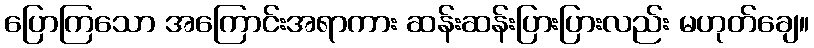
ပြောကြသော အကြောင်းအရာကား ဆန်းဆန်းပြားပြားလည်း မဟုတ်ချေ။